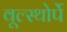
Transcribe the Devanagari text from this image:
वूल्स्थोर्पे